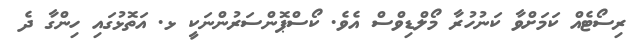
ރިސޯޓެއް ކަމަށްވާ ކަނުހުރާ މޯލްޑިވްސް އެވެ. ކޯސްޕޮންސަރުންނަކީ ޅ. އަތޮޅުގައި ހިންގާ ދެ